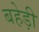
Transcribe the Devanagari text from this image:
बहेड़ी